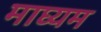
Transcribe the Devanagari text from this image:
माघ्‍यम